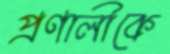
প্রণালীকে